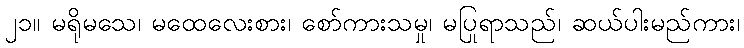
၂၁။ မရိုမသေ၊ မထေလေးစား၊ စော်ကားသမှု၊ မပြုရာသည်၊ ဆယ်ပါးမည်ကား၊